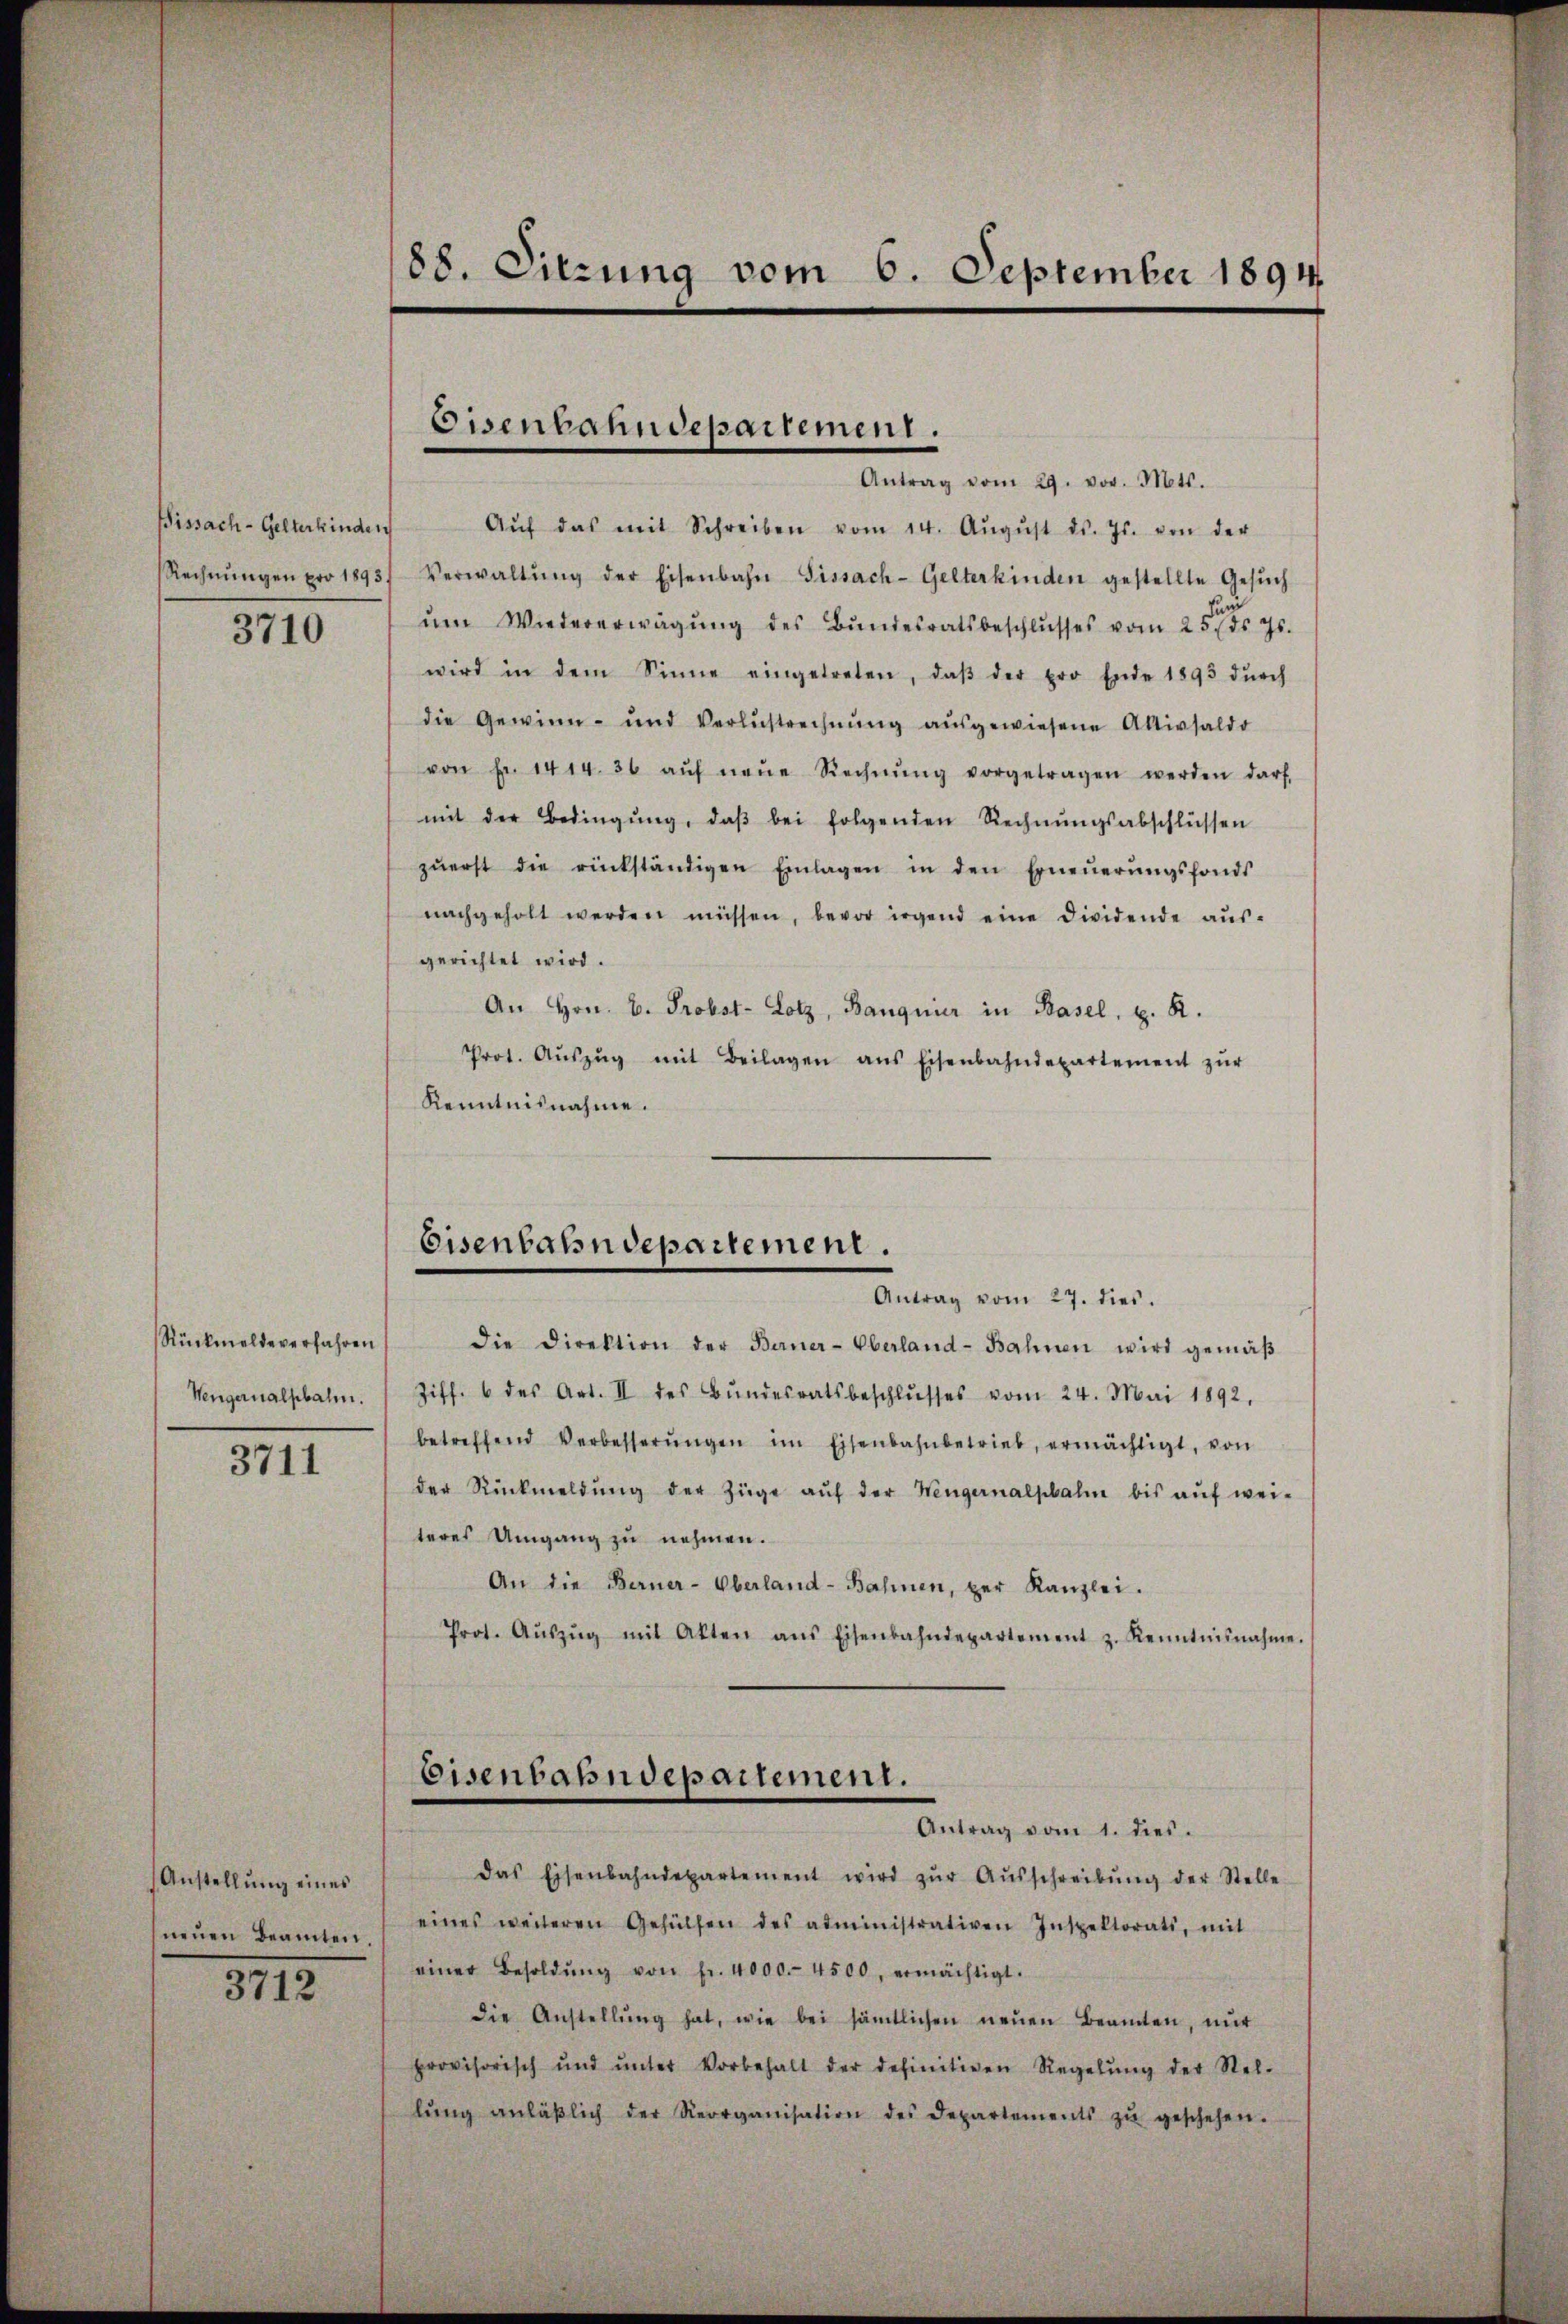
Bissach-Gelterkinden

3710

Rückmelde verfahren
Wengernalphale.

3711

Anstellung eines
neuen Beamten.
312.

88. Sitzung vom 6. September 1894.

Antrag vom 29. vor. Mts.
Aŭf das mit Schreiben vom 14. Aŭgŭst ds. Js. von der
Rechnŭngen pro 1893, Verwaltŭng der Eisenbahn Sissach- Gelterkinden gestellte Gesŭch
fund
ŭm Wiedererwägŭng des Bŭndesratsbeschlŭsses vom 25. ds. Js.
wird in dem Sinne eingetreten, daβ der pro Ende 1893 dŭrch
die Gewinn- und Verlustrechnŭng aŭsgewiesene Aktivsaldo
von Fr. 1414. 36 aŭf neŭe Rechnŭng vorgetragen werden darf.
mit der Bedingŭng, daβ bei folgenden Rechnŭngsabschlüssen
zŭerst die rückständigen Einlagen in den Erneŭerŭngsfonds
nachgeholt werden müssen, bevor irgend eine dividende aŭs-
gerichtet wird.
An Hrn. B. Probst- Lotz, Bangnier in Basel, z. R.
Prot. Aŭszŭg mit Beilagen ans Eisenbahndepartement zŭr
Kenntnisnahme.

Eisenbahndepartement.

Eisenbahndepartement.

Antrag vom 27. dies.
die Direktion der Berner-Oberland-Bahnen wird gemäβ
Ziff. 6 des Art. II des Bŭndesratsbeschlŭsses vom 24. Mai 1892,
betreffend Verbesserŭngen im Eisenbahnbetrieb, ermächtigt, von
der Rückmeldŭng der Züge aŭf der Wengernalphahn bis auf wei-
teres Umgang zu nehmen.
An die Berner-Oberland-Bahnen, per Kanzlei.
Prot. Aŭszŭg mit Akten ans Eisenbahndepartement z. Kenntnisnahme.
Eisenbahndepartement.
Antrag vom 1. dies
das Eisenbahndepartement wird zŭr Aŭsschreibŭng der Stelle
eines weiteren Gehülfen des administrativen Inspektorats, mit
einer Besoldŭng von fr. 4000.- 4500, ermächtigt.
die Anstellŭng hat, wie bei sämtlichen neŭen Beamten, mit
provisorisch ŭnd ŭnter Vorbehalt der definitiven Regelŭng der Stel-
lŭng anläβlich der Reorganisation des Departements zŭ geschehen.